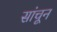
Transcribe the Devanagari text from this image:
सांचून